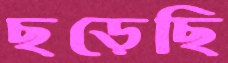
ছড়েছি